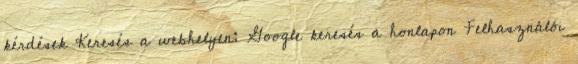
kérdések Keresés a webhelyen: Google keresés a honlapon Felhasználói